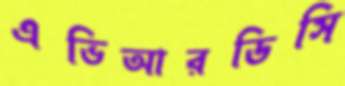
এভিআরডিসি